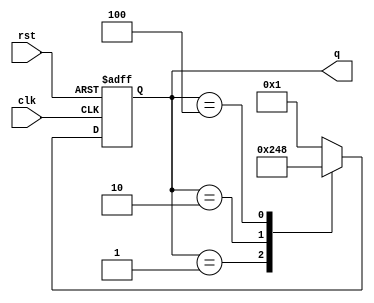
module ring_counter (
    input wire clk,      // Clock input
    input wire rst,      // Reset input
    output reg [3:0] q   // 4-bit output representing the state of the counter
);

    // State encoding for 4-bit Ring Counter
    reg [3:0] next_state;

    always @(posedge clk or posedge rst) begin
        if (rst) begin
            // Asynchronous reset: set the first flip-flop to high
            q <= 4'b0001;  // Reset state
        end else begin
            // On clock edge, shift the high signal around the ring
            q <= next_state;
        end
    end

    // Determine the next state for the Ring Counter
    always @(*) begin
        case (q)
            4'b0001: next_state = 4'b0010; // State 1
            4'b0010: next_state = 4'b0100; // State 2
            4'b0100: next_state = 4'b1000; // State 3
            4'b1000: next_state = 4'b0001; // State 4
            default: next_state = 4'b0001; // Default to reset state
        endcase
    end

endmodule